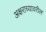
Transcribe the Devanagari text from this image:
अक्षराच्यावरील